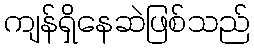
ကျန်ရှိနေဆဲဖြစ်သည်